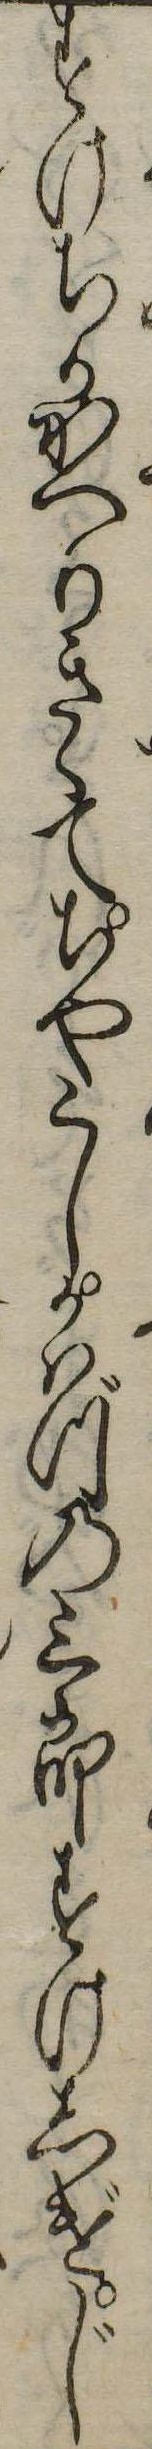
すけちかかへりきゝてちやくしかはづの三郎すけしげじ